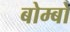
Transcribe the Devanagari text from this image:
बोम्बो